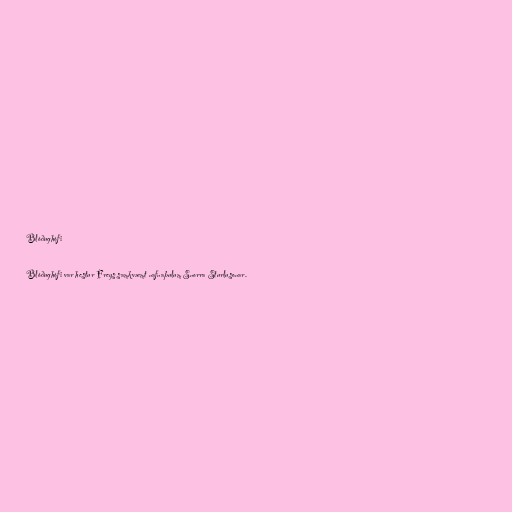
Blóðughófi

Blóðughófi var hestur Freys samkvæmt nafnaþulum Snorra Sturlusonar.